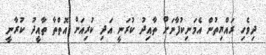
ދިވެހި ރައްޔިތުން އެމަނިކުފާނަށް ތާއިދު ކުރަނީ އަދި ކުރިއަށް އޮތްތާ ތާއީދު ކުރާނީ